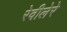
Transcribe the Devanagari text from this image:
रेवीलेरे